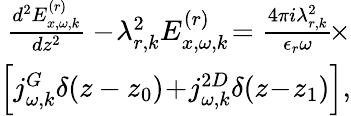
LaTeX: \begin{array}{r}{\frac{d^{2}E_{x,\omega,k}^{(r)}}{dz^{2}}-\! \lambda_{r,k}^{2}E_{x,\omega,k}^{(r)}\! =\frac{4\pi i\lambda_{r,k}^{2}}{\epsilon_{r}\omega}\! \times}\\ {\left[j_{\omega,k}^{G}\delta(z-z_{0})\! +\! j_{\omega,k}^{2D}\delta(z\! -\! z_{1})\right],}\end{array}